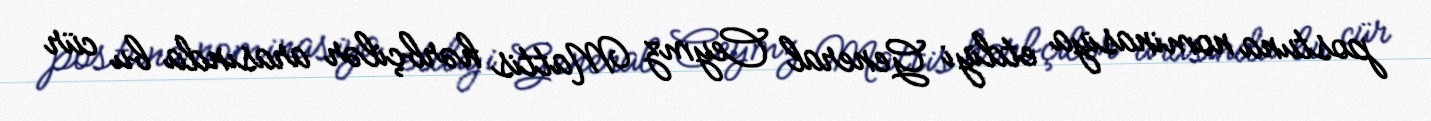
postuna nominasiya etdiyi General Ceymz Mattis hərbçilər arasında bu cür